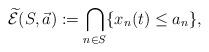
LaTeX: \begin{align*}\widetilde{\mathcal{E}}(S,\vec{a}):=\bigcap_{n\in S} \{x_n({t})\leq a_n\},\end{align*}